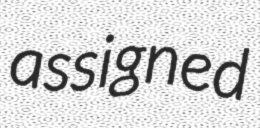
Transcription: assigned